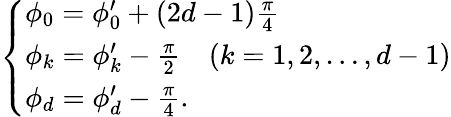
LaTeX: \left\{ \begin{array}{ll}{\phi_{0}=\phi_{0}^{\prime}+(2d-1)\frac{\pi}{4}}\\ {\phi_{k}=\phi_{k}^{\prime}-\frac{\pi}{2}\quad(k=1,2,\ldots,d-1)}\\ {\phi_{d}=\phi_{d}^{\prime}-\frac{\pi}{4}.}\end{array}\right.